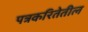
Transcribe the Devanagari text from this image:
पत्रकरितेतील